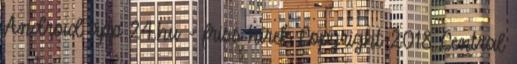
Android app 24.hu - friss hírek Copyright 2018 Central